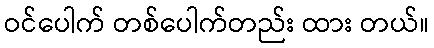
ဝင်ပေါက် တစ်ပေါက်တည်း ထား တယ်။